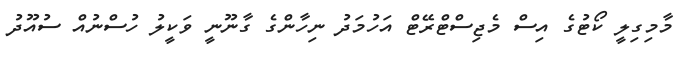
މާމިގިލީ ކޯޓުގެ އިސް މެޖިސްޓްރޭޓް އަހުމަދު ނިހާންގެ ގާނޫނީ ވަކީލު ހުސްނުއް ސުއޫދު